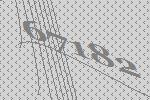
67182